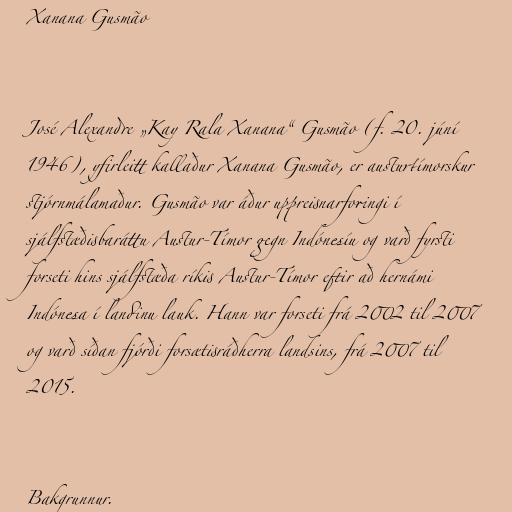
Xanana Gusmão

José Alexandre „Kay Rala Xanana“ Gusmão (f. 20. júní
1946), yfirleitt kallaður Xanana Gusmão, er austurtímorskur
stjórnmálamaður. Gusmão var áður uppreisnarforingi í
sjálfstæðisbaráttu Austur-Tímor gegn Indónesíu og varð fyrsti
forseti hins sjálfstæða ríkis Austur-Tímor eftir að hernámi
Indónesa í landinu lauk. Hann var forseti frá 2002 til 2007
og varð síðan fjórði forsætisráðherra landsins, frá 2007 til
2015.

Bakgrunnur.